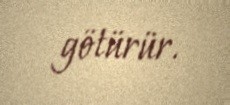
götürür.